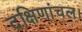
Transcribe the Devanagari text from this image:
दक्षिणांचल।